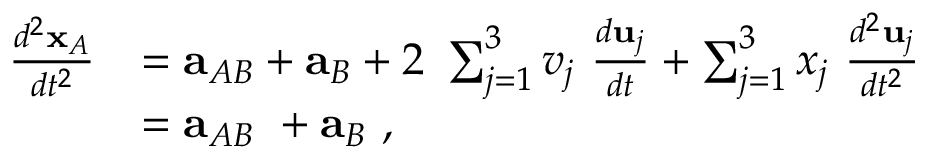
{ \begin{array} { r l } { { \frac { d ^ { 2 } \mathbf { x } _ { A } } { d t ^ { 2 } } } } & { = \mathbf { a } _ { A B } + \mathbf { a } _ { B } + 2 \ \sum _ { j = 1 } ^ { 3 } v _ { j } \ { \frac { d \mathbf { u } _ { j } } { d t } } + \sum _ { j = 1 } ^ { 3 } x _ { j } \ { \frac { d ^ { 2 } \mathbf { u } _ { j } } { d t ^ { 2 } } } } \\ & { = \mathbf { a } _ { A B } \ + \mathbf { a } _ { B } \ , } \end{array} }